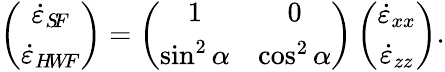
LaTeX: \left(\begin{array}{c}{\dot{\varepsilon}_{S\! F}}\\ {\dot{\varepsilon}_{H\! W\! F}}\end{array}\right)=\left(\begin{array}{cc}{1}&{0}\\ {\sin^{2}\alpha}&{\cos^{2}\alpha}\end{array}\right)\left(\begin{array}{c}{\dot{\varepsilon}_{xx}}\\ {\dot{\varepsilon}_{zz}}\end{array}\right).